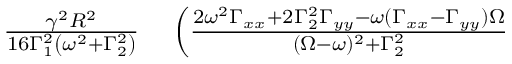
\begin{array} { r l } { \frac { \gamma ^ { 2 } R ^ { 2 } } { 1 6 \Gamma _ { 1 } ^ { 2 } \left( \omega ^ { 2 } + \Gamma _ { 2 } ^ { 2 } \right) } } & { { } \left( \frac { 2 \omega ^ { 2 } \Gamma _ { x x } + 2 \Gamma _ { 2 } ^ { 2 } \Gamma _ { y y } - \omega ( \Gamma _ { x x } - \Gamma _ { y y } ) \Omega } { ( \Omega - \omega ) ^ { 2 } + \Gamma _ { 2 } ^ { 2 } } \right. } \end{array}